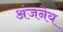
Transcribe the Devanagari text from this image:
अंजनेय